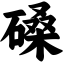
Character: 磉